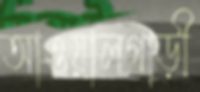
আওয়ালগাড়ী